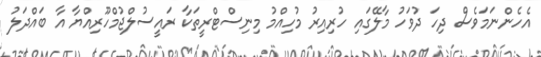
އެހެންނަމަވެސް ދިހަ ދުވަހު މާލޭގައި ހުރިއިރު މުހިއްމު މިނިސްޓްރީތަކާ ރައީސުލްޖުމްހޫރިއްޔާ އާ ބައްދަލު